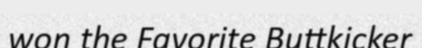
won the Favorite Buttkicker